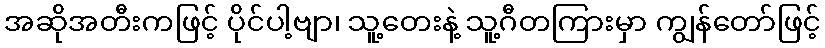
အဆိုအတီးကဖြင့် ပိုင်ပါ့ဗျာ၊ သူ့တေးနဲ့ သူ့ဂီတကြားမှာ ကျွန်တော်ဖြင့်